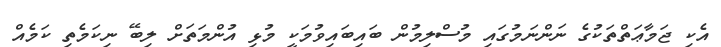
އެކި ޖަމާޢަތްތަކުގެ ނަންނަމުގައި މުސްލިމުން ބައިބައިވުމަކީ މުޅި އުންމަތަށް ލިބޭ ނިކަމެތި ކަމެއް